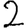
Digit: 2